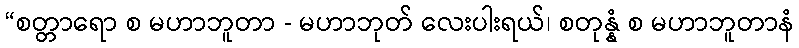
“စတ္တာရော စ မဟာဘူတာ - မဟာဘုတ် လေးပါးရယ်၊ စတုန္နံ စ မဟာဘူတာနံ